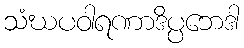
သံဃပဝါရဏာဒိပ္ပဘေဒါ